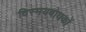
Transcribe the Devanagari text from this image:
विस्मयबोधकों